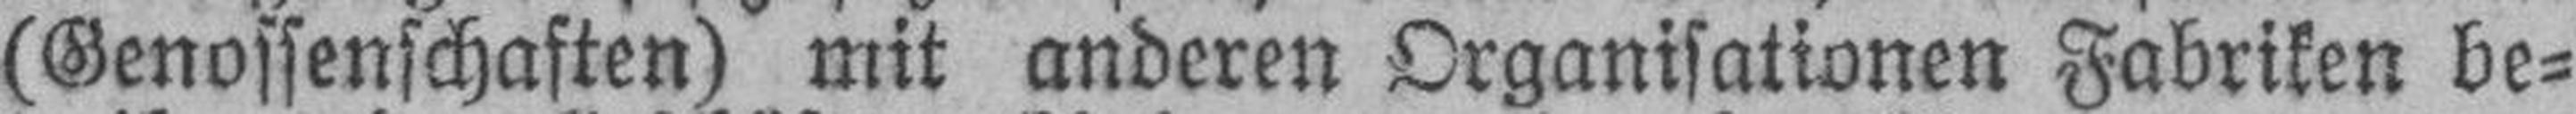
(Genossenschaften) mit anderen Organisationen Fabriken be¬